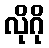
လိုဂို